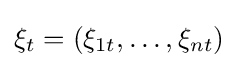
\xi _{t}=(\xi _{1t},\dots ,\xi _{nt})